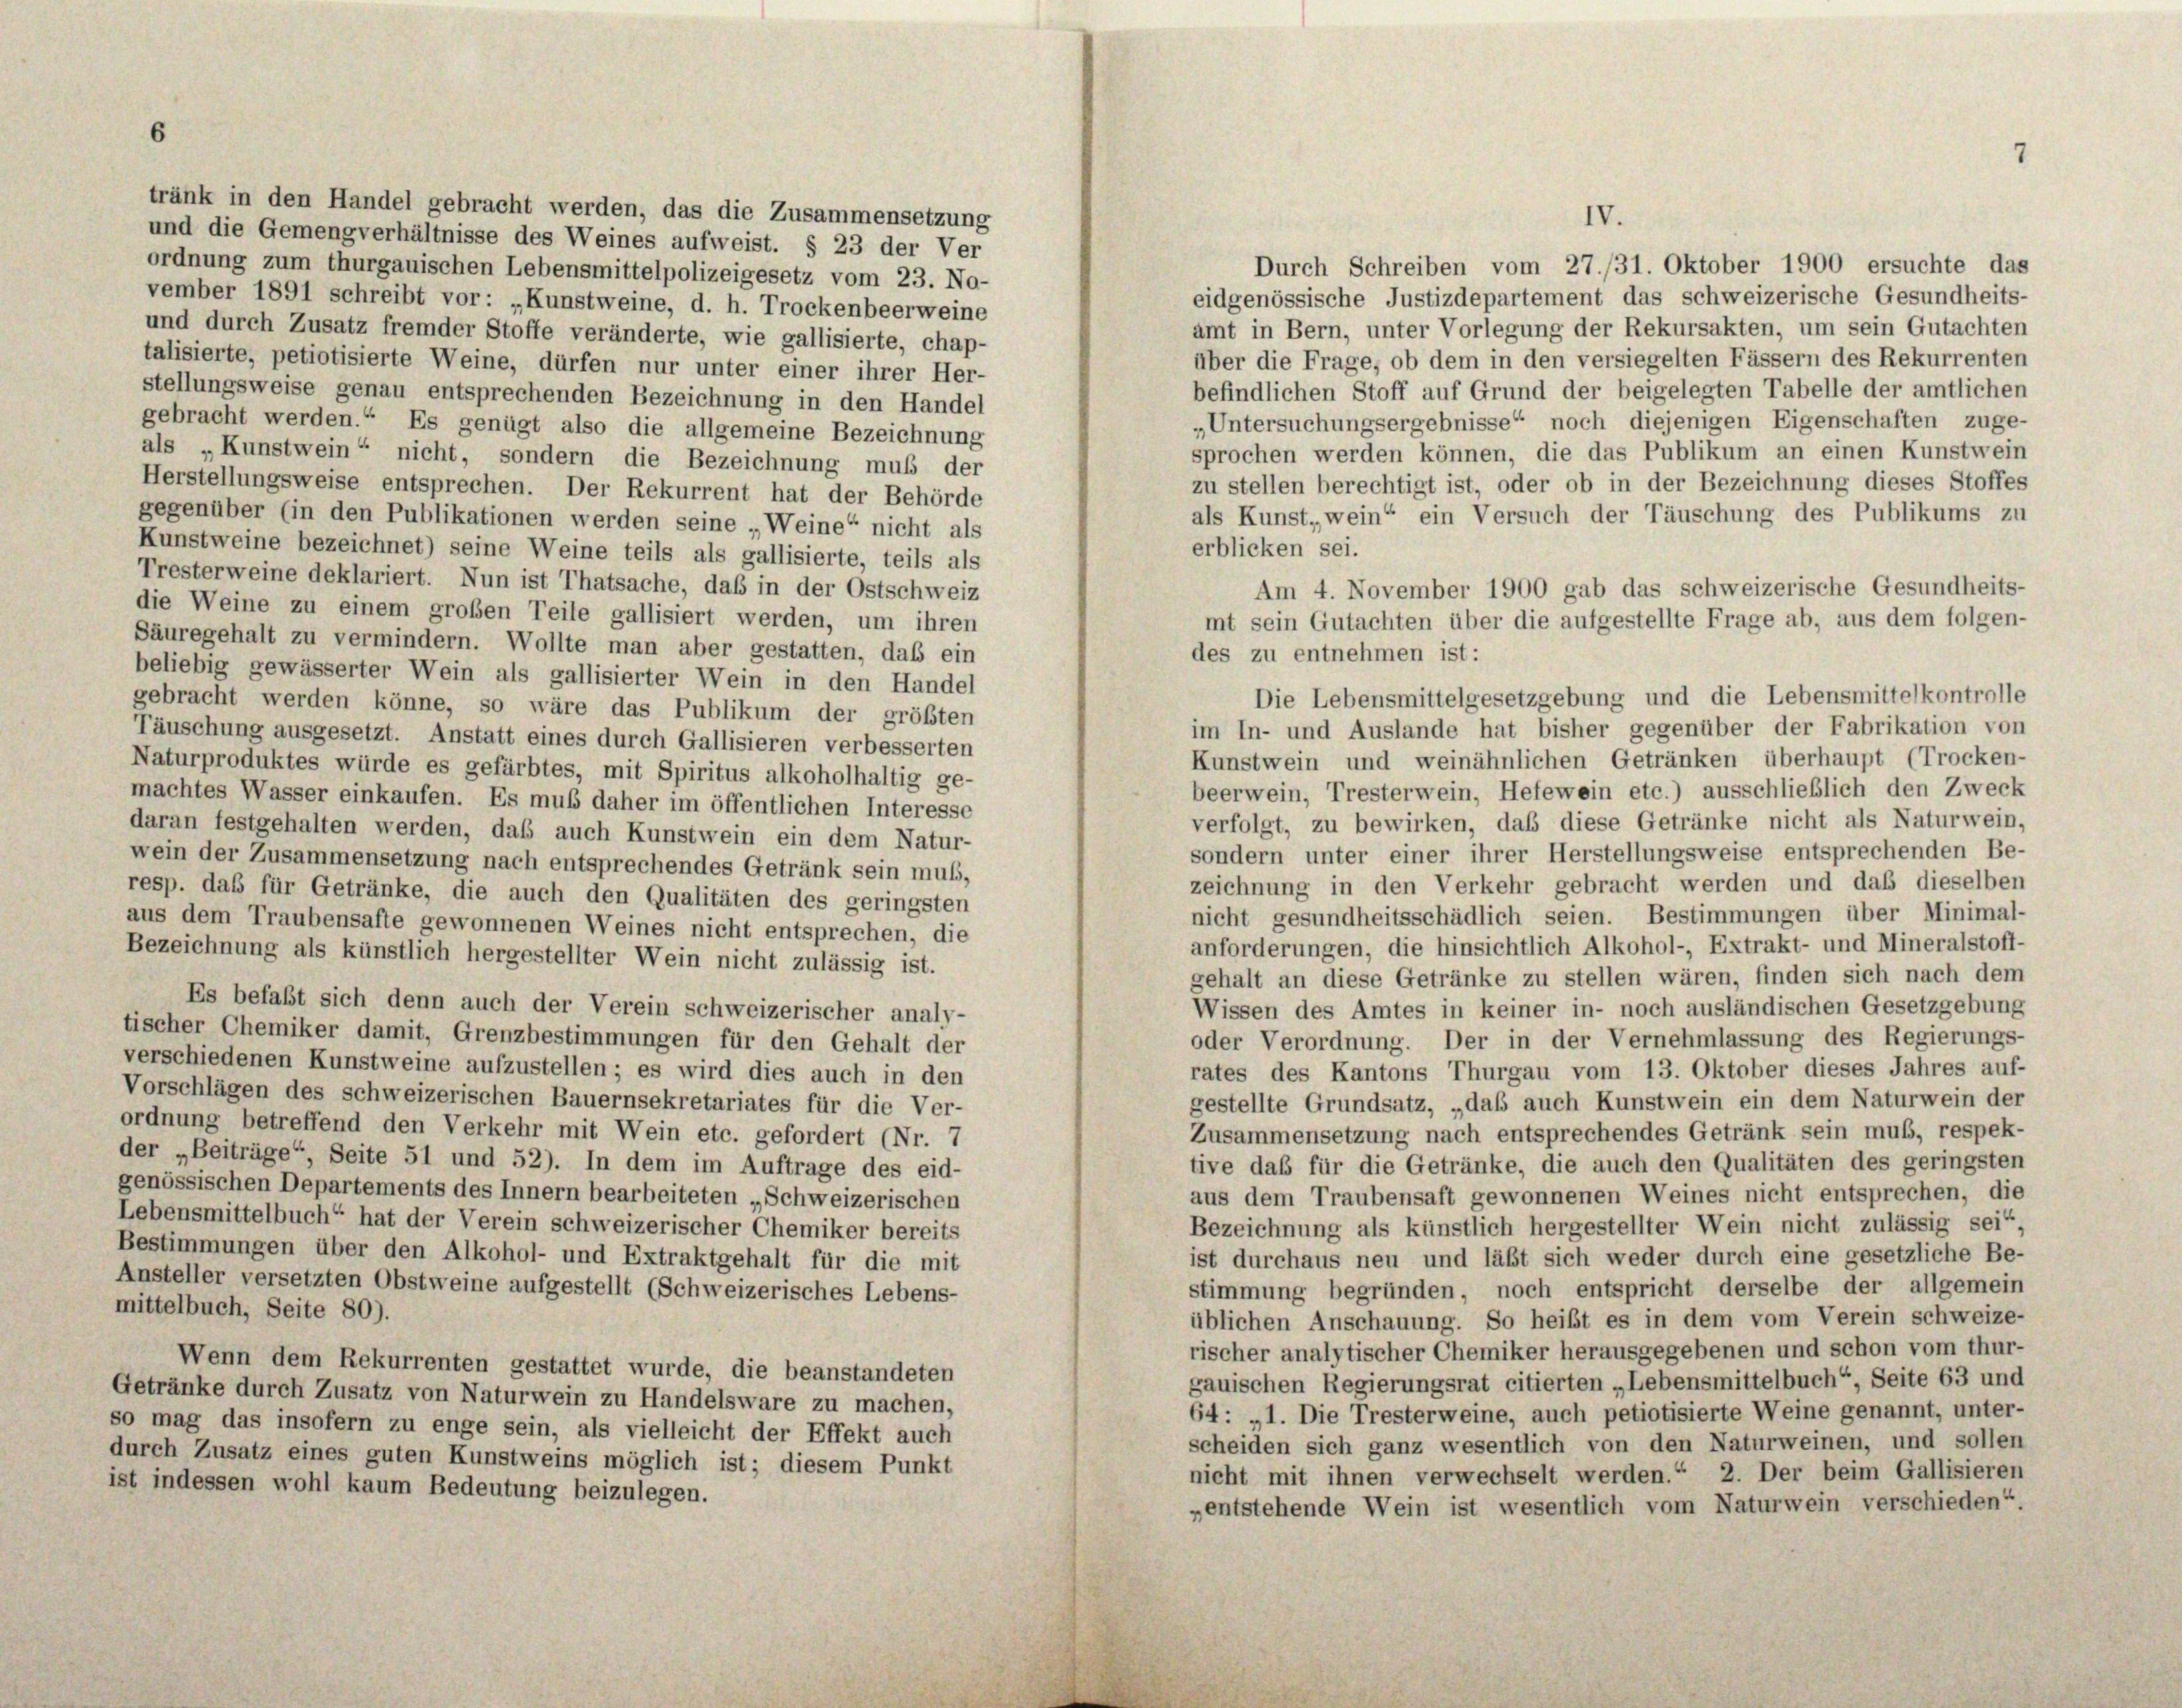
IV.
und die Gemengverhältnisse des Weines aufweist. § 23 der Ver
Durch Schreiben vom 27./31. Oktober 1900 ersuchte das
ordnung zum thurgauischen Lebensmittelpolizeigesetz vom 23. No-
eidgenössische Justizdepartement das schweizerische Gesundheits-
vember 1891 schreibt vor: „Kunstweine, d. h. Trockenbeerweine
amt in Bern, unter Vorlegung der Rekursakten, um sein Gutachten
und durch Zusatz fremder Stoffe veränderte, wie gallisierte, chap-
über die Frage, ob dem in den versiegelten Fässern des Rekurrenten
talisierte, petiotisierte Weine, dürfen nur unter einer ihrer Her-
befindlichen Stoff auf Grund der beigelegten Tabelle der amtlichen
stellungsweise genau entsprechenden Bezeichnung in den Handel
„Untersuchungsergebnisse“ noch diejenigen Eigenschaften zuge-
gebracht werden.“ Es genügt also die allgemeine Bezeichnung
sprochen werden können, die das Publikum an einen Kunstwein
als „Kunstwein“ nicht, sondern die Bezeichnung muß der
zu stellen berechtigt ist, oder ob in der Bezeichnung dieses Stoffes
Herstellungsweise entsprechen. Der Rekurrent hat der Behörde
als Kunst, wein“ ein Versuch der Täuschung des Publikums zu
gegenüber (in den Publikationen werden seine „Weine“ nicht als
erblicken sei.
Kunstweine bezeichnet) seine Weine teils als gallisierte, teils als
Tresterweine deklariert. Nun ist Thatsache, daß in der Ostschweiz
die Weine zu einem großen Teile gallisiert werden, um ihren
Säuregehalt zu vermindern. Wollte man aber gestatten, daß ein
beliebig gewässerter Wein als gallisierter Wein in den Handel
gebracht werden könne, so wäre das Publikum der größten
im In- und Auslande hat bisher gegenüber der Fabrikation von
Täuschung ausgesetzt. Anstatt eines durch Gallisieren verbesserten
Kunstwein und weinähnlichen Getränken überhaupt (Trocken-
Naturproduktes würde es gefärbtes, mit Spiritus alkoholhaltig ge-
beerwein, Tresterwein, Hefewein etc.) ausschließlich den Zweck
machtes Wasser einkaufen. Es muß daher im öffentlichen Interesse
verfolgt, zu bewirken, daß diese Getränke nicht als Naturwein,
daran festgehalten werden, daß auch Kunstwein ein dem Natur-
sondern unter einer ihrer Herstellungsweise entsprechenden Be-
wein der Zusammensetzung nach entsprechendes Getränk sein muß,
zeichnung in den Verkehr gebracht werden und daß dieselben
resp. das für Getränke, die auch den Qualitäten des geringsten
nicht gesundheitsschädlich seien. Bestimmungen über Minimal-
aus dem Traubensafte gewonnenen Weines nicht entsprechen, die
anforderungen, die hinsichtlich Alkohol-, Extrakt- und Mineralstoff-
Bezeichnung als künstlich hergestellter Wein nicht zulässig ist.
gehalt an diese Getränke zu stellen wären, finden sich nach dem
Es befaßt sich denn auch der Verein schweizerischer analy-
Wissen des Amtes in keiner in- noch ausländischen Gesetzgebung
tischer Chemiker damit, Grenzbestimmungen für den Gehalt der
oder Verordnung. Der in der Vernehmlassung des Regierungs-
verschiedenen Kunstweine aufzustellen; es wird dies auch in den
rates des Kantons Thurgau vom 13. Oktober dieses Jahres auf-
Vorschlägen des schweizerischen Bauernsekretariates für die Ver-
gestellte Grundsatz, „daß auch Kunstwein ein dem Naturwein der
ordnung betreffend den Verkehr mit Wein etc. gefordert (Nr. 7
Zusammensetzung nach entsprechendes Getränk sein muß, respek-
der „Beiträge“, Seite 51 und 52). In dem im Auftrage des eid-
tive daß für die Getränke, die auch den Qualitäten des geringsten
genössischen Departements des Innern bearbeiteten „Schweizerischen
aus dem Traubensaft gewonnenen Weines nicht entsprechen, die
Lebensmittelbuch“ hat der Verein schweizerischer Chemiker bereits
Bezeichnung als künstlich hergestellter Wein nicht zulässig sei“
Bestimmungen über den Alkohol- und Extraktgehalt für die mit
ist durchaus neu und läßt sich weder durch eine gesetzliche Be-
Ansteller versetzten Obstweine aufgestellt (Schweizerisches Lebens-
stimmung begründen, noch entspricht derselbe der allgemein
mittelbuch, Seite 80).
üblichen Anschauung. So heißt es in dem vom Verein schweize-
rischer analytischer Chemiker herausgegebenen und schon vom thur-
Wenn dem Rekurrenten gestattet wurde, die beanstandeten
gauischen Regierungsrat citierten „Lebensmittelbuch“, Seite 63 und
Getränke durch Zusatz von Naturwein zu Handelsware zu machen,
64: „1. Die Tresterweine, auch petiotisierte Weine genannt, unter-
so mag das insofern zu enge sein, als vielleicht der Effekt auch
scheiden sich ganz wesentlich von den Naturweinen, und sollen
durch Zusatz eines guten Kunstweins möglich ist; diesem Punkt
nicht mit ihnen verwechselt werden.“ 2. Der beim Gallisieren
ist indessen wohl kaum Bedeutung beizulegen.
pentstehende Wein ist wesentlich vom Naturwein verschieden“.

tränk in den Handel gebracht werden, das die Zusammensetzung

Am 4. November 1900 gab das schweizerische Gesundheits-
mt sein Gutachten über die aufgestellte Frage ab, aus dem folgen-
des zu entnehmen ist:
Die Lebensmittelgesetzgebung und die Lebensmittelkontrolle